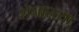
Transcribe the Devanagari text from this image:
शेजारत्या